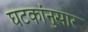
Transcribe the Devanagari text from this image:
घटकांनुसार